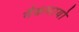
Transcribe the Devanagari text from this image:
नैकमायो